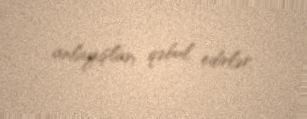
anlayışları qəbul edirlər.